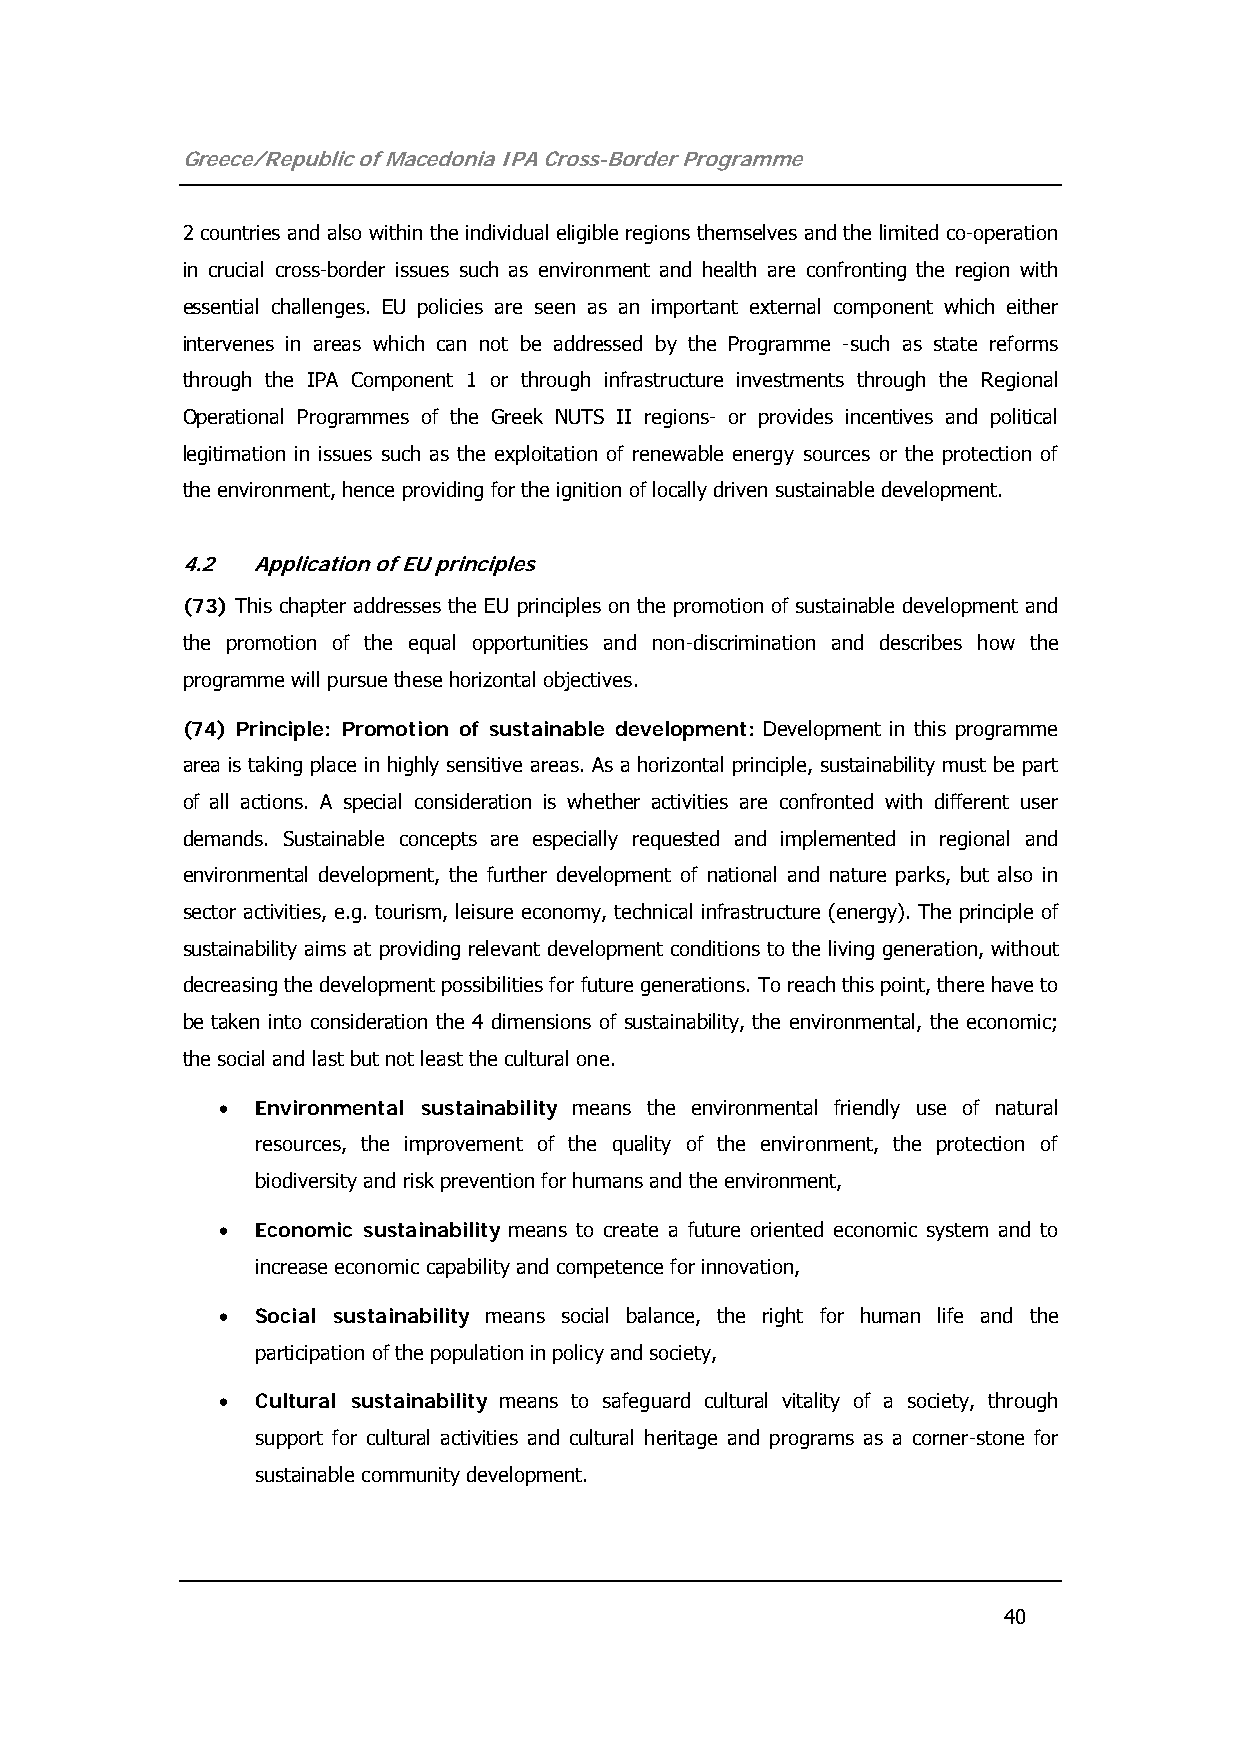
Greece/Republic of Macedonia IPA Cross-Border Programme
 2 countries and also within the individual eligible regions themselves and the limited co-operation
 in crucial cross-border issues such as environment and health are confronting the region with
 essential challenges. EU policies are seen as an important external component which either
 intervenes in areas which can not be addressed by the Programme -such as state reforms
 through the IPA Component 1 or through infrastructure investments through the Regional
 Operational Programmes of the Greek NUTS II regions- or provides incentives and political
 legitimation in issues such as the exploitation of renewable energy sources or the protection of
 the environment, hence providing for the ignition of locally driven sustainable development.
 4.2  Application of EU principles
 (73) This chapter addresses the EU principles on the promotion of sustainable development and
 the promotion of the equal opportunities and non-discrimination and describes how the
 programme will pursue these horizontal objectives.
 (74) Principle: Promotion of sustainable development: Development in this programme
 area is taking place in highly sensitive areas. As a horizontal principle, sustainability must be part
 of all actions. A special consideration is whether activities are confronted with different user
 demands. Sustainable concepts are especially requested and implemented in regional and
 environmental development, the further development of national and nature parks, but also in
 sector activities, e.g. tourism, leisure economy, technical infrastructure (energy). The principle of
 sustainability aims at providing relevant development conditions to the living generation, without
 decreasing the development possibilities for future generations. To reach this point, there have to
 be taken into consideration the 4 dimensions of sustainability, the environmental, the economic;
 the social and last but not least the cultural one.
 •  Environmental sustainability means the environmental friendly use of natural
 resources, the improvement of the quality of the environment, the protection of
 biodiversity and risk prevention for humans and the environment,
 •  Economic sustainability means to create a future oriented economic system and to
 increase economic capability and competence for innovation,
 •  Social sustainability means social balance, the right for human life and the
 participation of the population in policy and society,
 •  Cultural sustainability means to safeguard cultural vitality of a society, through
 support for cultural activities and cultural heritage and programs as a corner-stone for
 sustainable community development.
 40